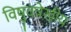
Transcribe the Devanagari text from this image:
विषुवत्रेखीय